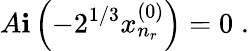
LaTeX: A\mathbf{i}\left(-2^{1/3}x_{n_{r}}^{(0)}\right)=0\; .